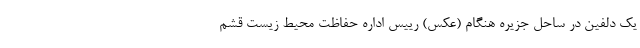
یک دلفین در ساحل جزیره هنگام (عکس) رییس اداره حفاظت محیط زیست قشم